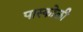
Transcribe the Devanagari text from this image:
पास्कोली